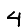
Digit: 4